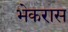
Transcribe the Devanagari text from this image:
भेकरास